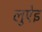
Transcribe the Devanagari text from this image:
लुऐइ